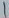
Text: 1